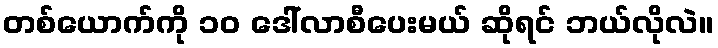
တစ်ယောက်ကို ၁၀ ဒေါ်လာစီပေးမယ် ဆိုရင် ဘယ်လိုလဲ။